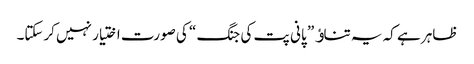
ظاہر ہے کہ یہ تناﺅ ” پانی پت کی جنگ “ کی صورت اختیار نہیں کرسکتا۔